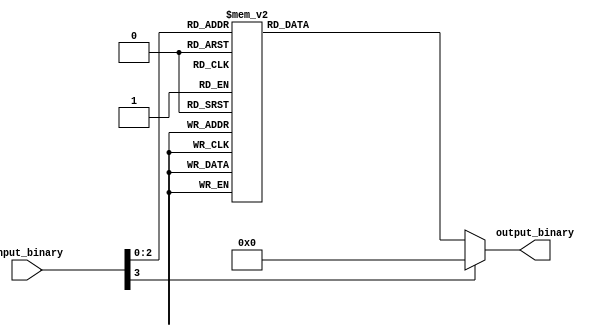
module decoder_4to16(
    input [3:0] input_binary,
    output reg [15:0] output_binary
);

always @(*) begin
    case(input_binary)
        4'b0000: output_binary = 16'b00000001;
        4'b0001: output_binary = 16'b00000010;
        4'b0010: output_binary = 16'b00000100;
        4'b0011: output_binary = 16'b00001000;
        4'b0100: output_binary = 16'b00010000;
        4'b0101: output_binary = 16'b00100000;
        4'b0110: output_binary = 16'b01000000;
        4'b0111: output_binary = 16'b10000000;
        default: output_binary = 16'b00000000;
    endcase
end

endmodule